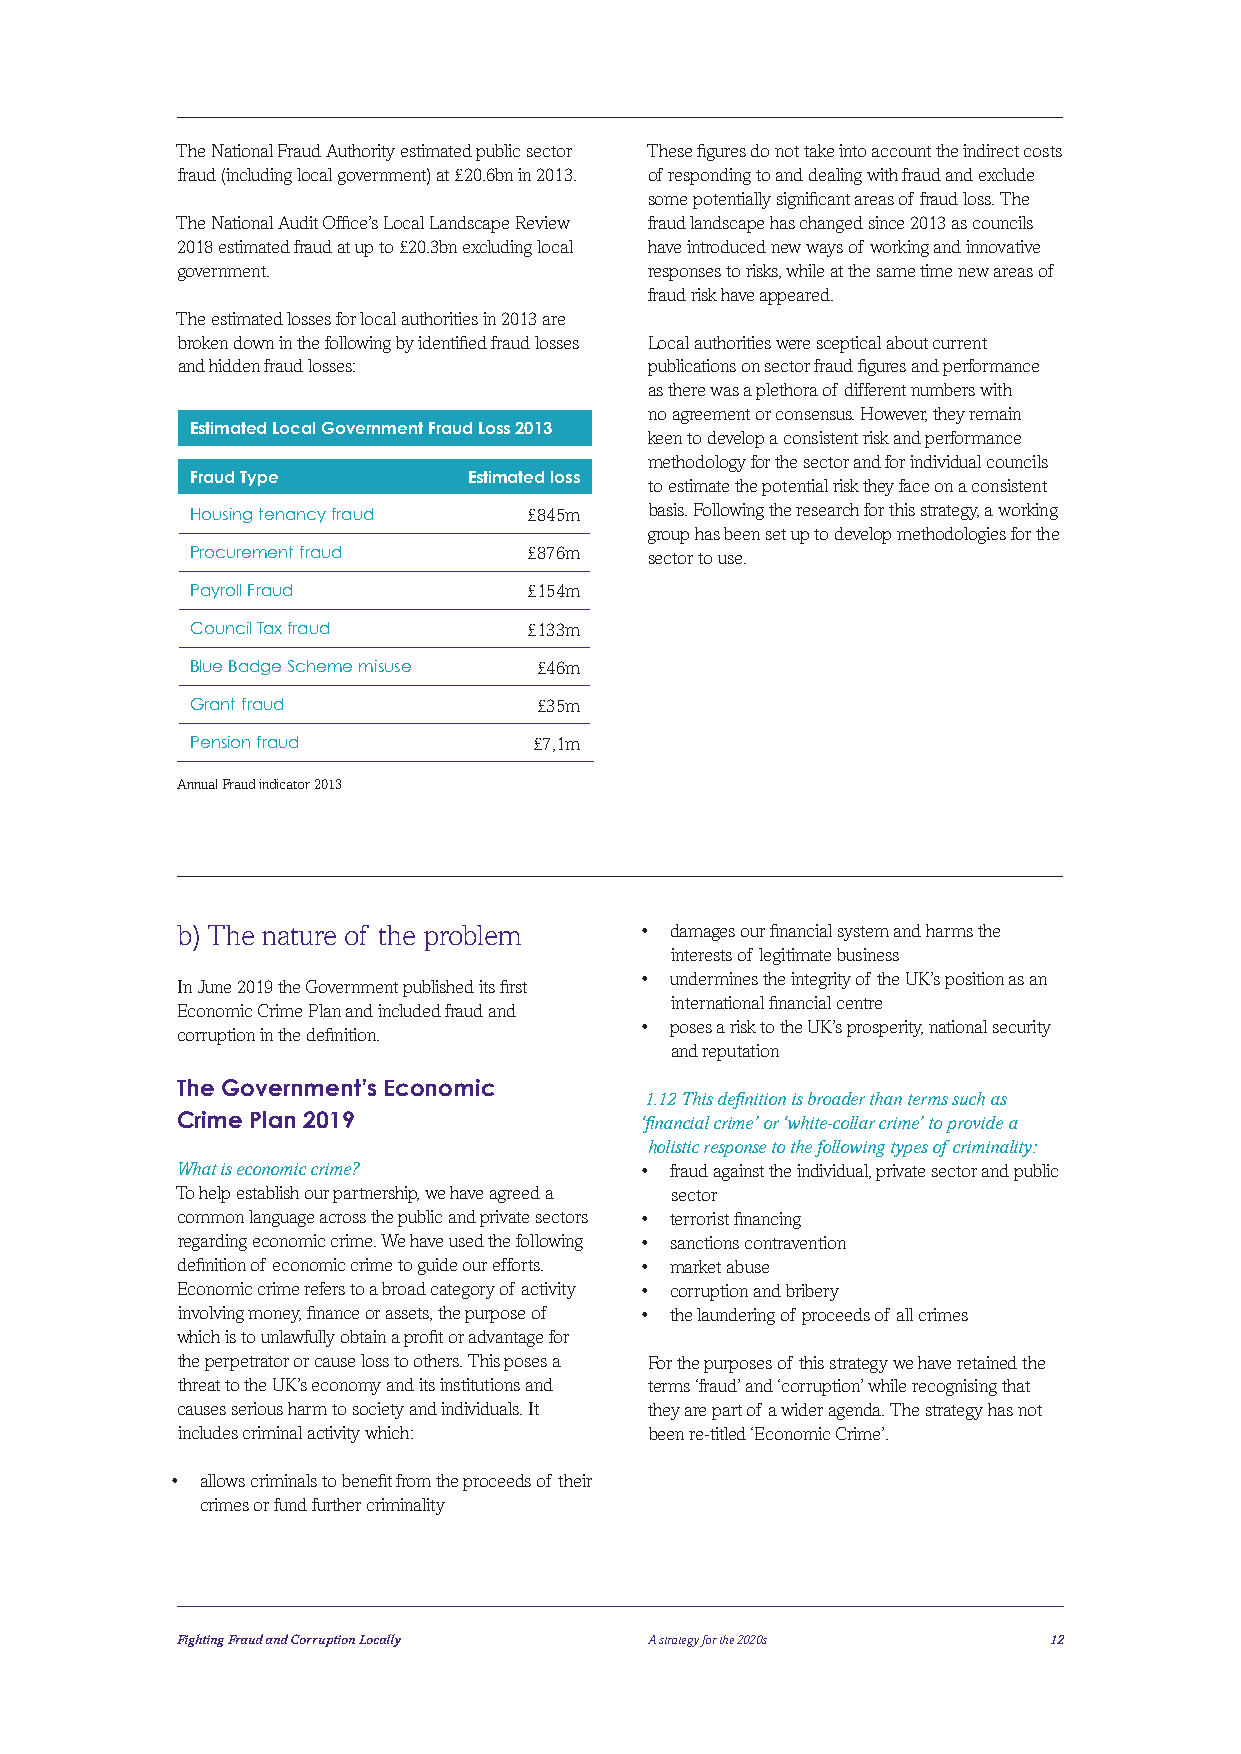
The National Fraud Authority estimated public sector These figures do not take into account the indirect costs
 fraud (including local government) at £20.6bn in 2013. of responding to and dealing with fraud and exclude
 some potentially significant areas of fraud loss. The
 The National Audit Office’s Local Landscape Review fraud landscape has changed since 2013 as councils
 2018 estimated fraud at up to £20.3bn excluding local have introduced new ways of working and innovative
 government.                    responses to risks, while at the same time new areas of
 fraud risk have appeared.
 The estimated losses for local authorities in 2013 are
 broken down in the following by identified fraud losses Local authorities were sceptical about current
 and hidden fraud losses:       publications on sector fraud figures and performance
 as there was a plethora of different numbers with
 no agreement or consensus. However, they remain
 Estimated Local Government Fraud Loss 2013
 keen to develop a consistent risk and performance
 methodology for the sector and for individual councils
 Fraud Type        Estimated loss
 to estimate the potential risk they face on a consistent
 Housing tenancy fraud £845m   basis. Following the research for this strategy, a working
 group has been set up to develop methodologies for the
 Procurement fraud     £876m   sector to use.
 Payroll Fraud         £154m
 Council Tax fraud     £133m
 Blue Badge Scheme misuse £46m
 Grant fraud            £35m
 Pension fraud         £7,1m
 Annual Fraud indicator 2013
 b) The nature of the problem  • d amages our financial system and harms the
 interests of legitimate business
 • u ndermines the integrity of the UK’s position as an
 In June 2019 the Government published its first
 international financial centre
 Economic Crime Plan and included fraud and
 • p oses a risk to the UK’s prosperity, national security
 corruption in the definition.
 and reputation
 The Government’s Economic
 1.12 This definition is broader than terms such as
 Crime Plan 2019               ‘financial crime’ or ‘white-collar crime’ to provide a
 holistic response to the following types of criminality:
 What is economic crime?       • f raud against the individual, private sector and public
 To help establish our partnership, we have agreed a sector
 common language across the public and private sectors • terrorist financing
 regarding economic crime. We have used the following • sanctions contravention
 definition of economic crime to guide our efforts. • market abuse
 Economic crime refers to a broad category of activity • corruption and bribery
 involving money, finance or assets, the purpose of • the laundering of proceeds of all crimes
 which is to unlawfully obtain a profit or advantage for
 the perpetrator or cause loss to others. This poses a For the purposes of this strategy we have retained the
 threat to the UK’s economy and its institutions and terms ‘fraud’ and ‘corruption’ while recognising that
 causes serious harm to society and individuals. It they are part of a wider agenda. The strategy has not
 includes criminal activity which: been re-titled ‘Economic Crime’.
 • a llows criminals to benefit from the proceeds of their
 crimes or fund further criminality
 Fighting Fraud and Corruption Locally A strategy for the 2020s 12